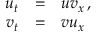
\begin{array} { r c l } { { u _ { t } } } & { { = } } & { { u v _ { x } \, , } } \\ { { v _ { t } } } & { { = } } & { { v u _ { x } } } \end{array}